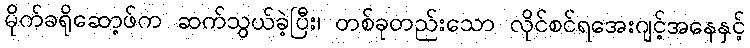
မိုက်ခရိုဆော့ဖ်က ဆက်သွယ်ခဲ့ပြီး၊ တစ်ခုတည်းသော လိုင်စင်ရအေးဂျင့်အနေနှင့်